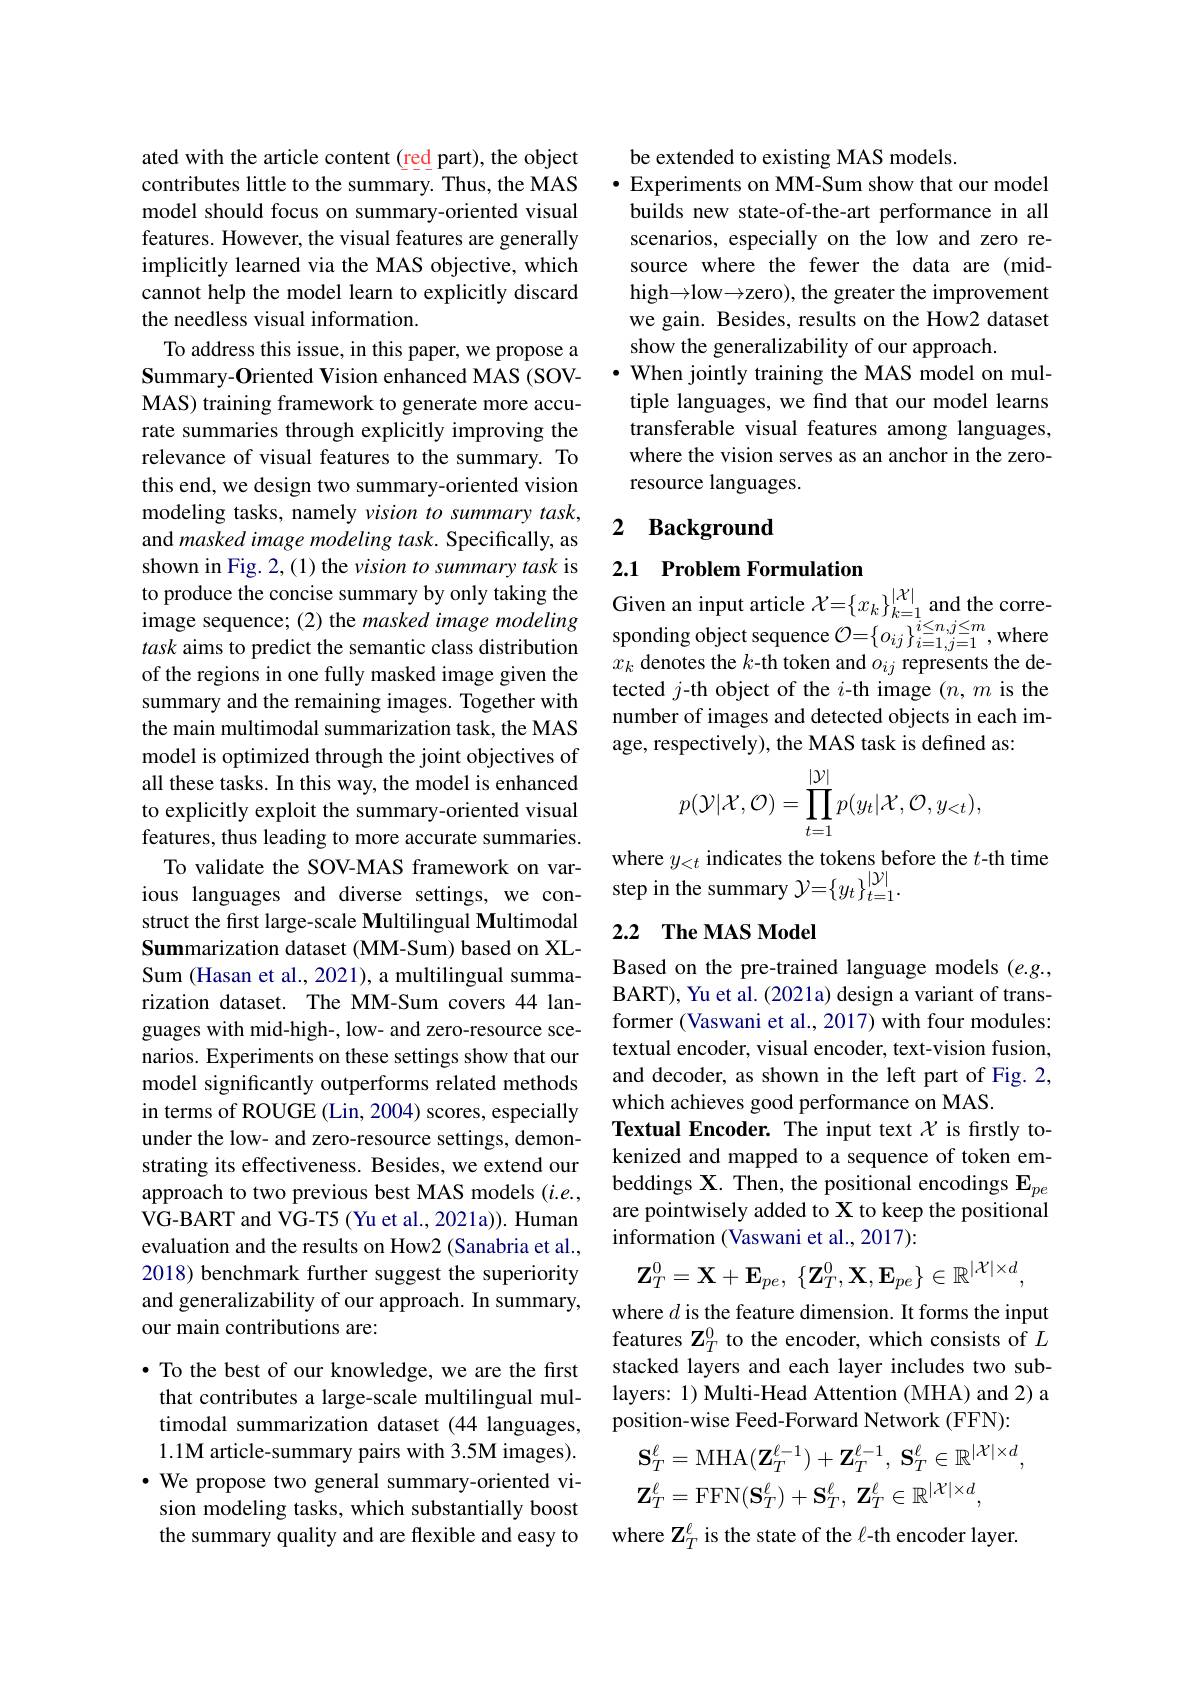
ated with the article content (red part), the object contributes little to the summary. Thus, the MAS model should focus on summary-oriented visual features. However, the visual features are generally implicitly learned via the MAS objective, which cannot help the model learn to explicitly discard the needless visual information.
To address this issue, in this paper, we propose a Summary-Oriented Vision enhanced MAS (SOVMAS) training framework to generate more accurate summaries through explicitly improving the relevance of visual features to the summary. To this end, we design two summary-oriented vision modeling tasks, namely vision to summary task, and masked image modeling task. Specifically, as shown in Fig. 2, (1) the vision to summary task is image sequence; (2) the masked image modeling task aims to predict the semantic class distribution of the regions in one fully masked image given the summary and the remaining images. Together with the main multimodal summarization task, the MAS model is optimized through the joint objectives of all these tasks. In this way, the model is enhanced to explicitly exploit the summary-oriented visual features, thus leading to more accurate summaries. To validate the SOV-MAS framework on various languages and diverse settings, we con- step in the summary $\mathcal{Y}=\{y_t\}_{t=1}^{|\mathcal{Y}|}.$
struct the first large-scale Multilingual Multimodal Summarization dataset (MM-Sum) based on XLSum (Hasan et al., 2021), a multilingual summarization dataset. The MM-Sum covers 44 languages with mid-high-, low- and zero-resource scenarios. Experiments on these settings show that our model significantly outperforms related methods in terms of ROUGE (Lin, 2004) scores, especially under the low- and zero-resource settings, demonstrating its effectiveness. Besides, we extend our approach to two previous best MAS models $(i.e.$, VG-BART and VG-T5 (Yu et al., 2021a)). Human evaluation and the results on How2 (Sanabria et al., 2018) benchmark further suggest the superiority and generalizability of our approach. In summary, our main contributions are:
$\bullet$ To the best of our knowledge, we are the first

that contributes a large-scale multilingual multimodal summarization dataset (44 languages, 1.1M article-summary pairs with 3.5M images). $\cdot$ We propose two general summary-oriented vision modeling tasks, which substantially boost the summary quality and are flexible and easy to

be extended to existing MAS models.
$\bullet$ Experiments on MM-Sum show that our model builds new state-of-the-art performance in all scenarios, especially on the low and zero resource where the fewer the data are (midhigh$\to$low$\to$zero), the greater the improvement we gain. Besides, results on the How2 dataset show the generalizability of our approach.
$\bullet$ When jointly training the MAS model on multiple languages, we find that our model learns transferable visual features among languages, where the vision serves as an anchor in the zeroresource languages.

# 2 Background

2.1 Problem Formulation

to produce the concise summary by only taking the Given an input article $\mathcal{X}=\left\{x_k\right\}_{k=1}^{|\mathcal{X}|}$ and the corre-

$\operatorname{sponding~object~sequence~}\mathcal{O}=\left\{o_{ij}\right\}_{i=1,j=1}^{i\leq n,j\leq m}$,where $x_k$ denotes the $k$-th token and $o_ij$ represents the detected $j$-th object of the $i$-th image $(n,m$ is the number of images and detected objects in each image, respectively), the MAS task is defined as:
$$p(\mathcal{Y}|\mathcal{X},\mathcal{O})=\prod_{t=1}^{|\mathcal{Y}|}p(y_t|\mathcal{X},\mathcal{O},y_{<t}),$$
where $y_<t$ indicates the tokens before the $t$-th time

## 2.2 $\textbf{The MAS Model}$

Based on the pre-trained language models (e.g., BART), Yu et al. (2021a) design a variant of transformer (Vaswani et al., 2017) with four modules: textual encoder, visual encoder, text-vision fusion, and decoder, as shown in the left part of Fig. 2, which achieves good performance on MAS.
Textual Encoder. The input text $\chi$ is firstly tokenized and mapped to a sequence of token embeddings X. Then, the positional encodings $\mathbf{E}_{pe}$ are pointwisely added to X to keep the positional information (Vaswani et al., 2017):
$$\mathbf{Z}_{T}^{0}=\mathbf{X}+\mathbf{E}_{pe},\:\{\mathbf{Z}_{T}^{0},\mathbf{X},\mathbf{E}_{pe}\}\in\mathbb{R}^{|\mathcal{X}|\times d},$$
where $d$ is the feature dimension. It forms the input features $\mathbf{Z}_T^0$ to the encoder, which consists of $L$ stacked layers and each layer includes two sublayers: 1) Multi-Head Attention (MHA) and 2) a position-wise Feed-Forward Network (FFN):
$$\mathbf{S}_{T}^{\ell}=\mathrm{MHA}(\mathbf{Z}_{T}^{\ell-1})+\mathbf{Z}_{T}^{\ell-1},\:\mathbf{S}_{T}^{\ell}\in\mathbb{R}^{|\mathcal{X}|\times d},\\\mathbf{Z}_{T}^{\ell}=\mathrm{FFN}(\mathbf{S}_{T}^{\ell})+\mathbf{S}_{T}^{\ell},\:\mathbf{Z}_{T}^{\ell}\in\mathbb{R}^{|\mathcal{X}|\times d},$$
where $\mathbf{Z}_T^\ell$ is the state of the l-th encoder layer.